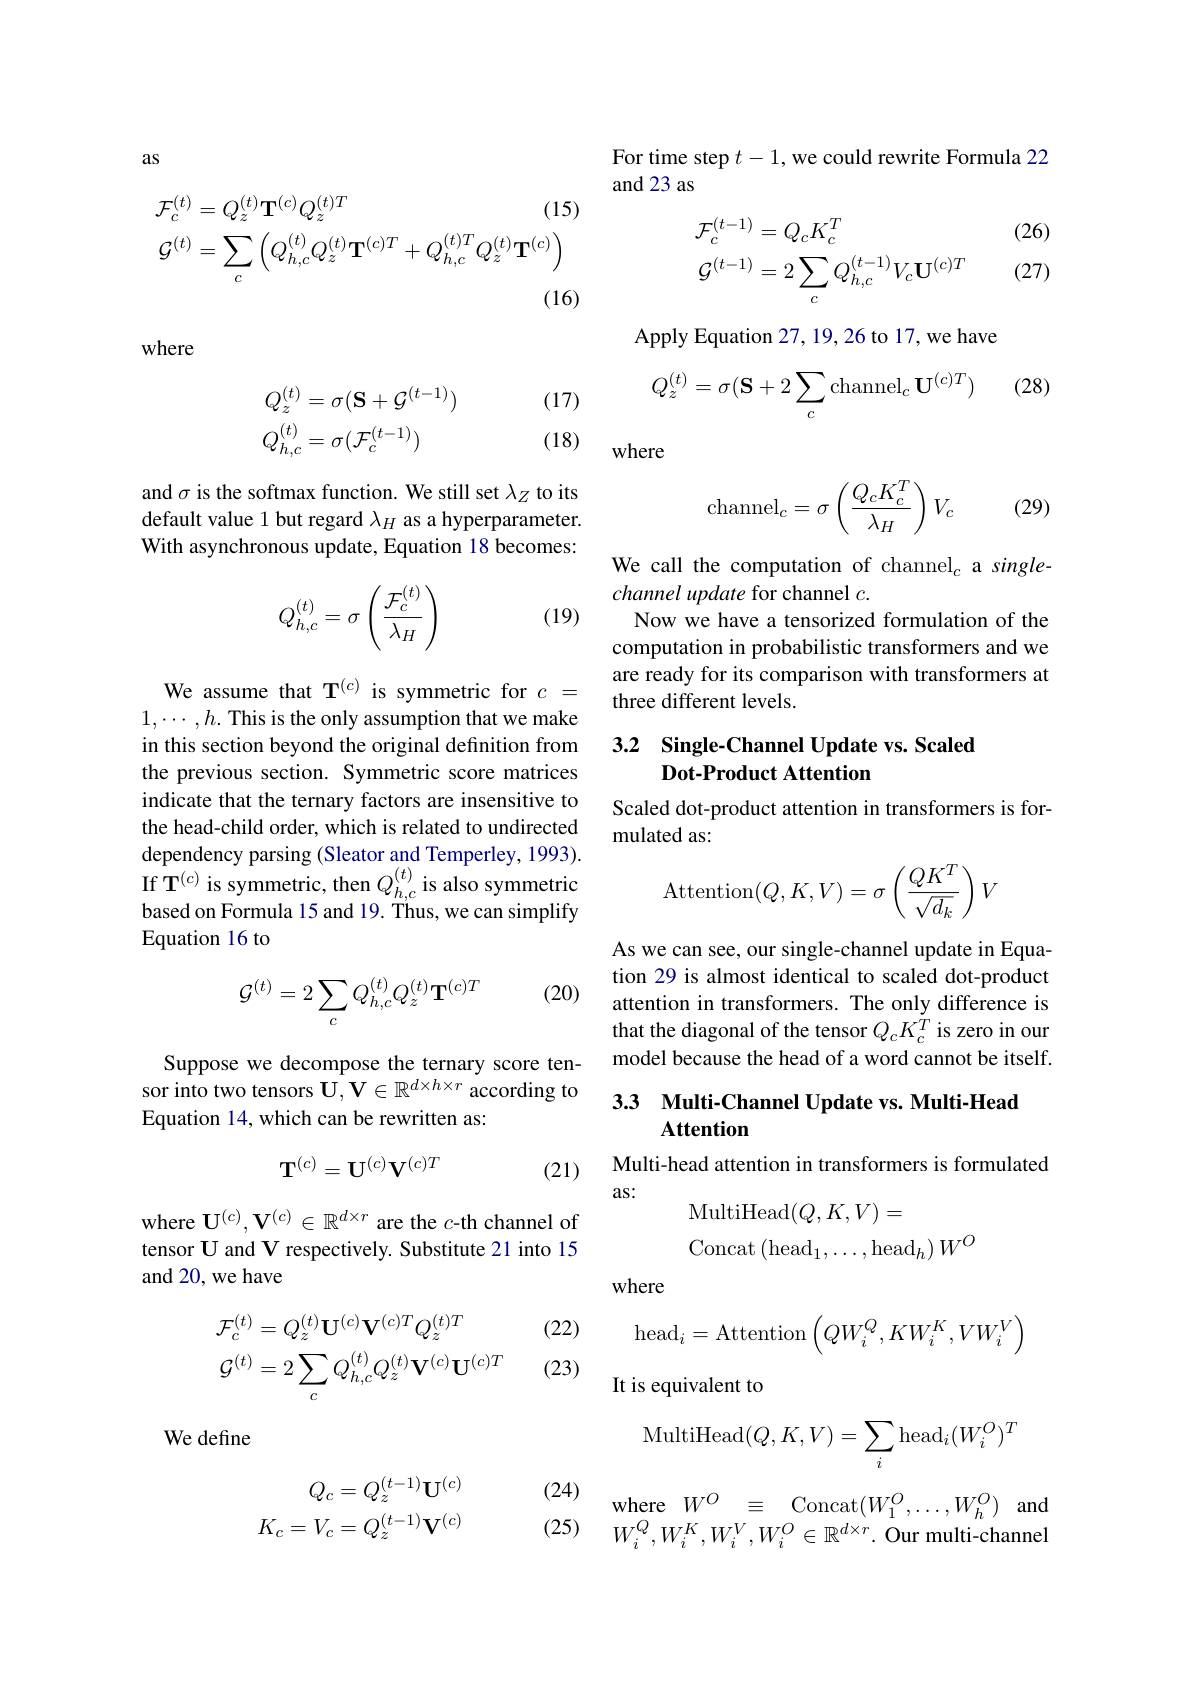
as
$$\begin{aligned}&\mathcal{F}_{c}^{(t)}=Q_{z}^{(t)}\mathbf{T}^{(c)}Q_{z}^{(t)T}&\text{(15)}\\&\mathcal{G}^{(t)}=\sum_{c}\left(Q_{h,c}^{(t)}Q_{z}^{(t)}\mathbf{T}^{(c)T}+Q_{h,c}^{(t)T}Q_{z}^{(t)}\mathbf{T}^{(c)}\right)\\\end{aligned}$$
where
$$\begin{aligned}Q_z^{(t)}&=\sigma(\mathbf{S}+\mathcal{G}^{(t-1)})\\Q_{h,c}^{(t)}&=\sigma(\mathcal{F}_c^{(t-1)})\end{aligned}$$
(17) (18)

and $\sigma$ is the softmax function. We still set $\lambda_Z$ to its default value 1 but regard $\lambda_H$ as a hyperparameter. With asynchronous update, Equation 18 becomes:
$$Q_{h,c}^{(t)}=\sigma\left(\frac{\mathcal{F}_c^{(t)}}{\lambda_H}\right)$$
(19)

We assume that T$^{(c)}$ is symmetric for $c=$ $1,\cdots,h.$ This is the only assumption that we make in this section beyond the original definition from the previous section. Symmetric score matrices indicate that the ternary factors are insensitive to the head-child order, which is related to undirected dependency parsing (Sleator and Temperley, 1993). If T$^{(c)}$ is symmetric, then $Q_h,c^{(t)}$ is also symmetric based on Formula 15 and 19. Thus, we can simplify Equation 16 to

(20)
$$\mathcal{G}^{(t)}=2\sum_{c}Q_{h,c}^{(t)}Q_{z}^{(t)}\mathbf{T}^{(c)T}$$
Suppose we decompose the ternary score ten-
sor into two tensors $\mathbf{U},\mathbf{V}\in\mathbb{R}^{d\times h\times r}$ according to 3.3 Multi-Channel Update vs. Multi-Head
Equation 14, which can be rewritten as:
$$\mathbf{T}^{(c)}=\mathbf{U}^{(c)}\mathbf{V}^{(c)T}$$
(21)

where U$^(c),\mathbf{V}^{(c)}\in\mathbb{R}^{d\times r}$ are the $c$-th channel of tensor U and V respectively. Substitute 21 into 15 and 20, we have

(22)

(23)
$$\begin{aligned}&\mathcal{F}_{c}^{(t)}=Q_{z}^{(t)}\mathbf{U}^{(c)}\mathbf{V}^{(c)T}Q_{z}^{(t)T}\\&\mathcal{G}^{(t)}=2\sum_{c}Q_{h,c}^{(t)}Q_{z}^{(t)}\mathbf{V}^{(c)}\mathbf{U}^{(c)T}\end{aligned}$$
We define

(24)
$$\begin{aligned}Q_c&=Q_z^{(t-1)}\mathbf{U}^{(c)}\\K_c&=V_c=Q_z^{(t-1)}\mathbf{V}^{(c)}\end{aligned}$$
For time step $t-1$, we could rewrite Formula 22
and 23 as

(26)

(27)
$$\begin{aligned}&\mathcal{F}_{c}^{(t-1)}=Q_{c}K_{c}^{T}\\&\mathcal{G}^{(t-1)}=2\sum_{c}Q_{h,c}^{(t-1)}V_{c}\mathbf{U}^{(c)T}\end{aligned}$$
Apply Equation 27, 19, 26 to 17, we have
$$Q_z^{(t)}=\sigma(\mathbf{S}+2\sum_c\operatorname{channel}_c\mathbf{U}^{(c)T})$$
(28)

where
$$\mathrm{channel}_c=\sigma\left(\frac{Q_cK_c^T}{\lambda_H}\right)V_c$$
(29)

We call the computation of channel$_c$ a single-
channel update for channel $c.$
Now we have a tensorized formulation of the computation in probabilistic transformers and we are ready for its comparison with transformers at three different levels.

## 3.2 Single-Channel Update vs. Scaled Dot-Product Attention

Scaled dot-product attention in transformers is for-
mulated as:
$$\text{Attention}(Q,K,V)=\sigma\left(\frac{QK^T}{\sqrt{d_k}}\right)V$$
As we can see, our single-channel update in Equation 29 is almost identical to scaled dot-product attention in transformers. The only difference is that the diagonal of the tensor $Q_cK_c^T$ is zero in our model because the head of a word cannot be itself

### Attention

Multi-head attention in transformers is formulated
as:
$$\begin{aligned}&\mathrm{MultiHead}(Q,K,V)=\\&\mathrm{Concat~(head}_{1},\ldots,\mathrm{head}_{h})\:W^{O}\end{aligned}$$
where
$$\mathrm{head}_i=\mathrm{Attention}\left(QW_i^Q,KW_i^K,VW_i^V\right)$$
It is equivalent to
$$\text{MultiHead}(Q,K,V)=\sum_i\text{head}_i(W_i^O)^T$$
$\begin{array}{cccccc}{\mathrm{where}}&{W^{O}}&{\equiv}&{\mathrm{Concat}(W_{1}^{O},\ldots,W_{h}^{O})}&{\mathrm{and}}\end{array}$
(25) $W_{i}^{Q}, W_{i}^{K}, W_{i}^{V}, W_{i}^{O}\in \mathbb{R} ^{d\times r}.$ Our multi-channel